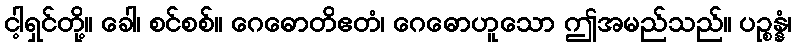
ငါ့ရှင်တို့။ ခေါ၊ စင်စစ်။ ဂေဓောတိဧတံ၊ ဂေဓောဟူသော ဤအမည်သည်။ ပဉ္စန္နံ၊